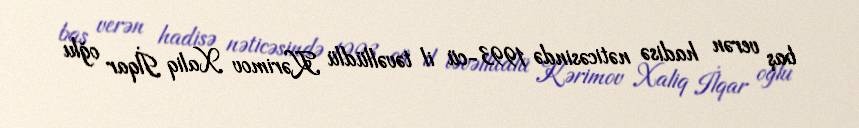
baş verən hadisə nəticəsində 1993-cü il təvəllüdlü Kərimov Xaliq İlqar oğlu